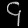
Digit: ၄